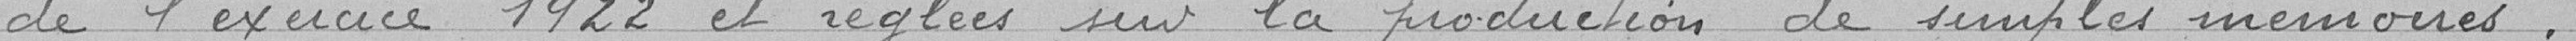
de l'exercice et réglées sur la production de simples mémoires.